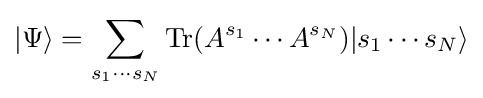
|\Psi \rangle =\sum _{s_{1}\cdots s_{N}}\operatorname {Tr} (A^{s_{1}}\cdots A^{s_{N}})|s_{1}\cdots s_{N}\rangle